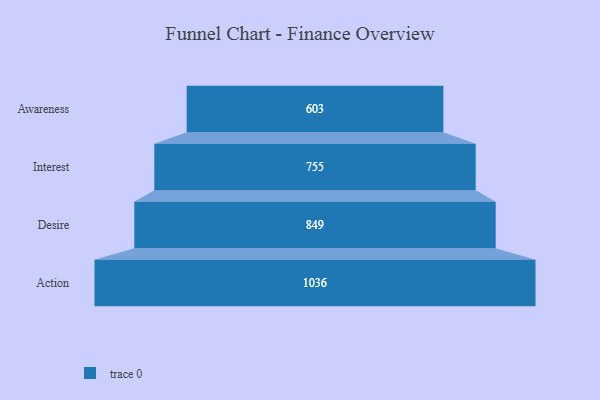
{"axis": {"x": "Stage", "y": "Value"}, "legend": [""], "data": [{"x": "Awareness", "y": 603.0, "type": ""}, {"x": "Interest", "y": 755.0, "type": ""}, {"x": "Desire", "y": 849.0, "type": ""}, {"x": "Action", "y": 1036.0, "type": ""}]}